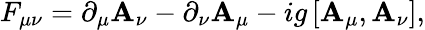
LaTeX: F_{\mu\nu}=\partial_{\mu}\mathbf{A}_{\nu}-\partial_{\nu}\mathbf{A}_{\mu}-ig\, [\mathbf{A}_{\mu},\mathbf{A}_{\nu}],